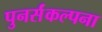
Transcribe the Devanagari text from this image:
पुनर्संकल्पना